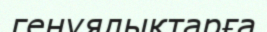
генуялықтарға